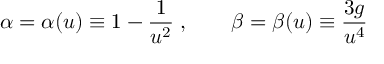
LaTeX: \alpha = \alpha ( u ) \equiv 1 - \frac { 1 } { u ^ { 2 } } \; , \qquad \beta = \beta ( u ) \equiv \frac { 3 g } { u ^ { 4 } }